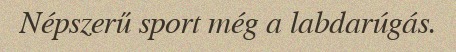
Népszerű sport még a labdarúgás.